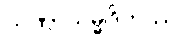
တဏှာသမ္မုဒိတဿ